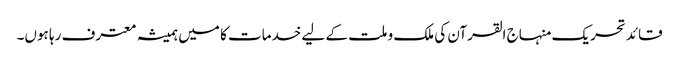
قائد تحریک منہاج القرآن کی ملک و ملت کے لیے خدمات کا میں ہمیشہ معترف رہا ہوں۔